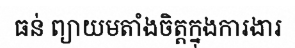
ធន់ ព្យាយមតាំងចិត្តក្នុងការងារ